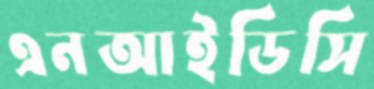
এনআইডিসি